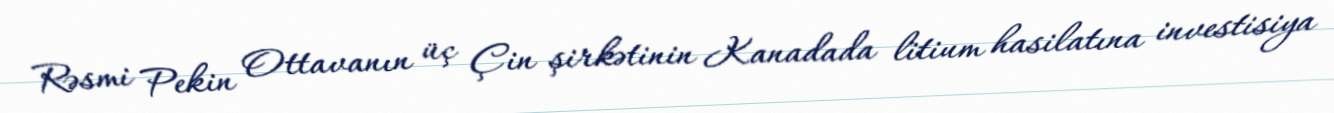
Rəsmi Pekin Ottavanın üç Çin şirkətinin Kanadada litium hasilatına investisiya